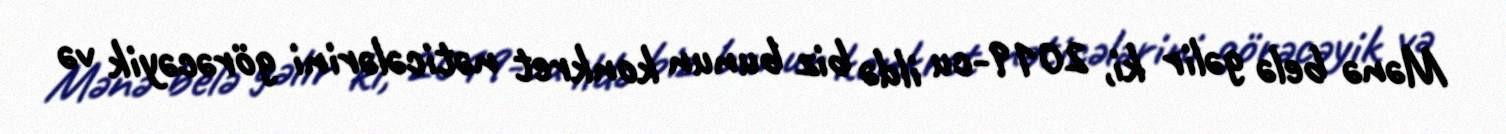
Mənə belə gəlir ki, 2019-cu ildə biz bunun konkret nəticələrini görəcəyik və